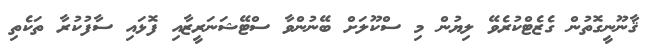
ޤާނޫނީގޮތުން ގެޒެޓްކުރެވޭ ލިޔުން މި ސްކޫލަށް ބޭނުންވާ ސްޓޭޝަނަރީޒާއި ފޮޅައި ސާފުކުރާ ތަކެތި